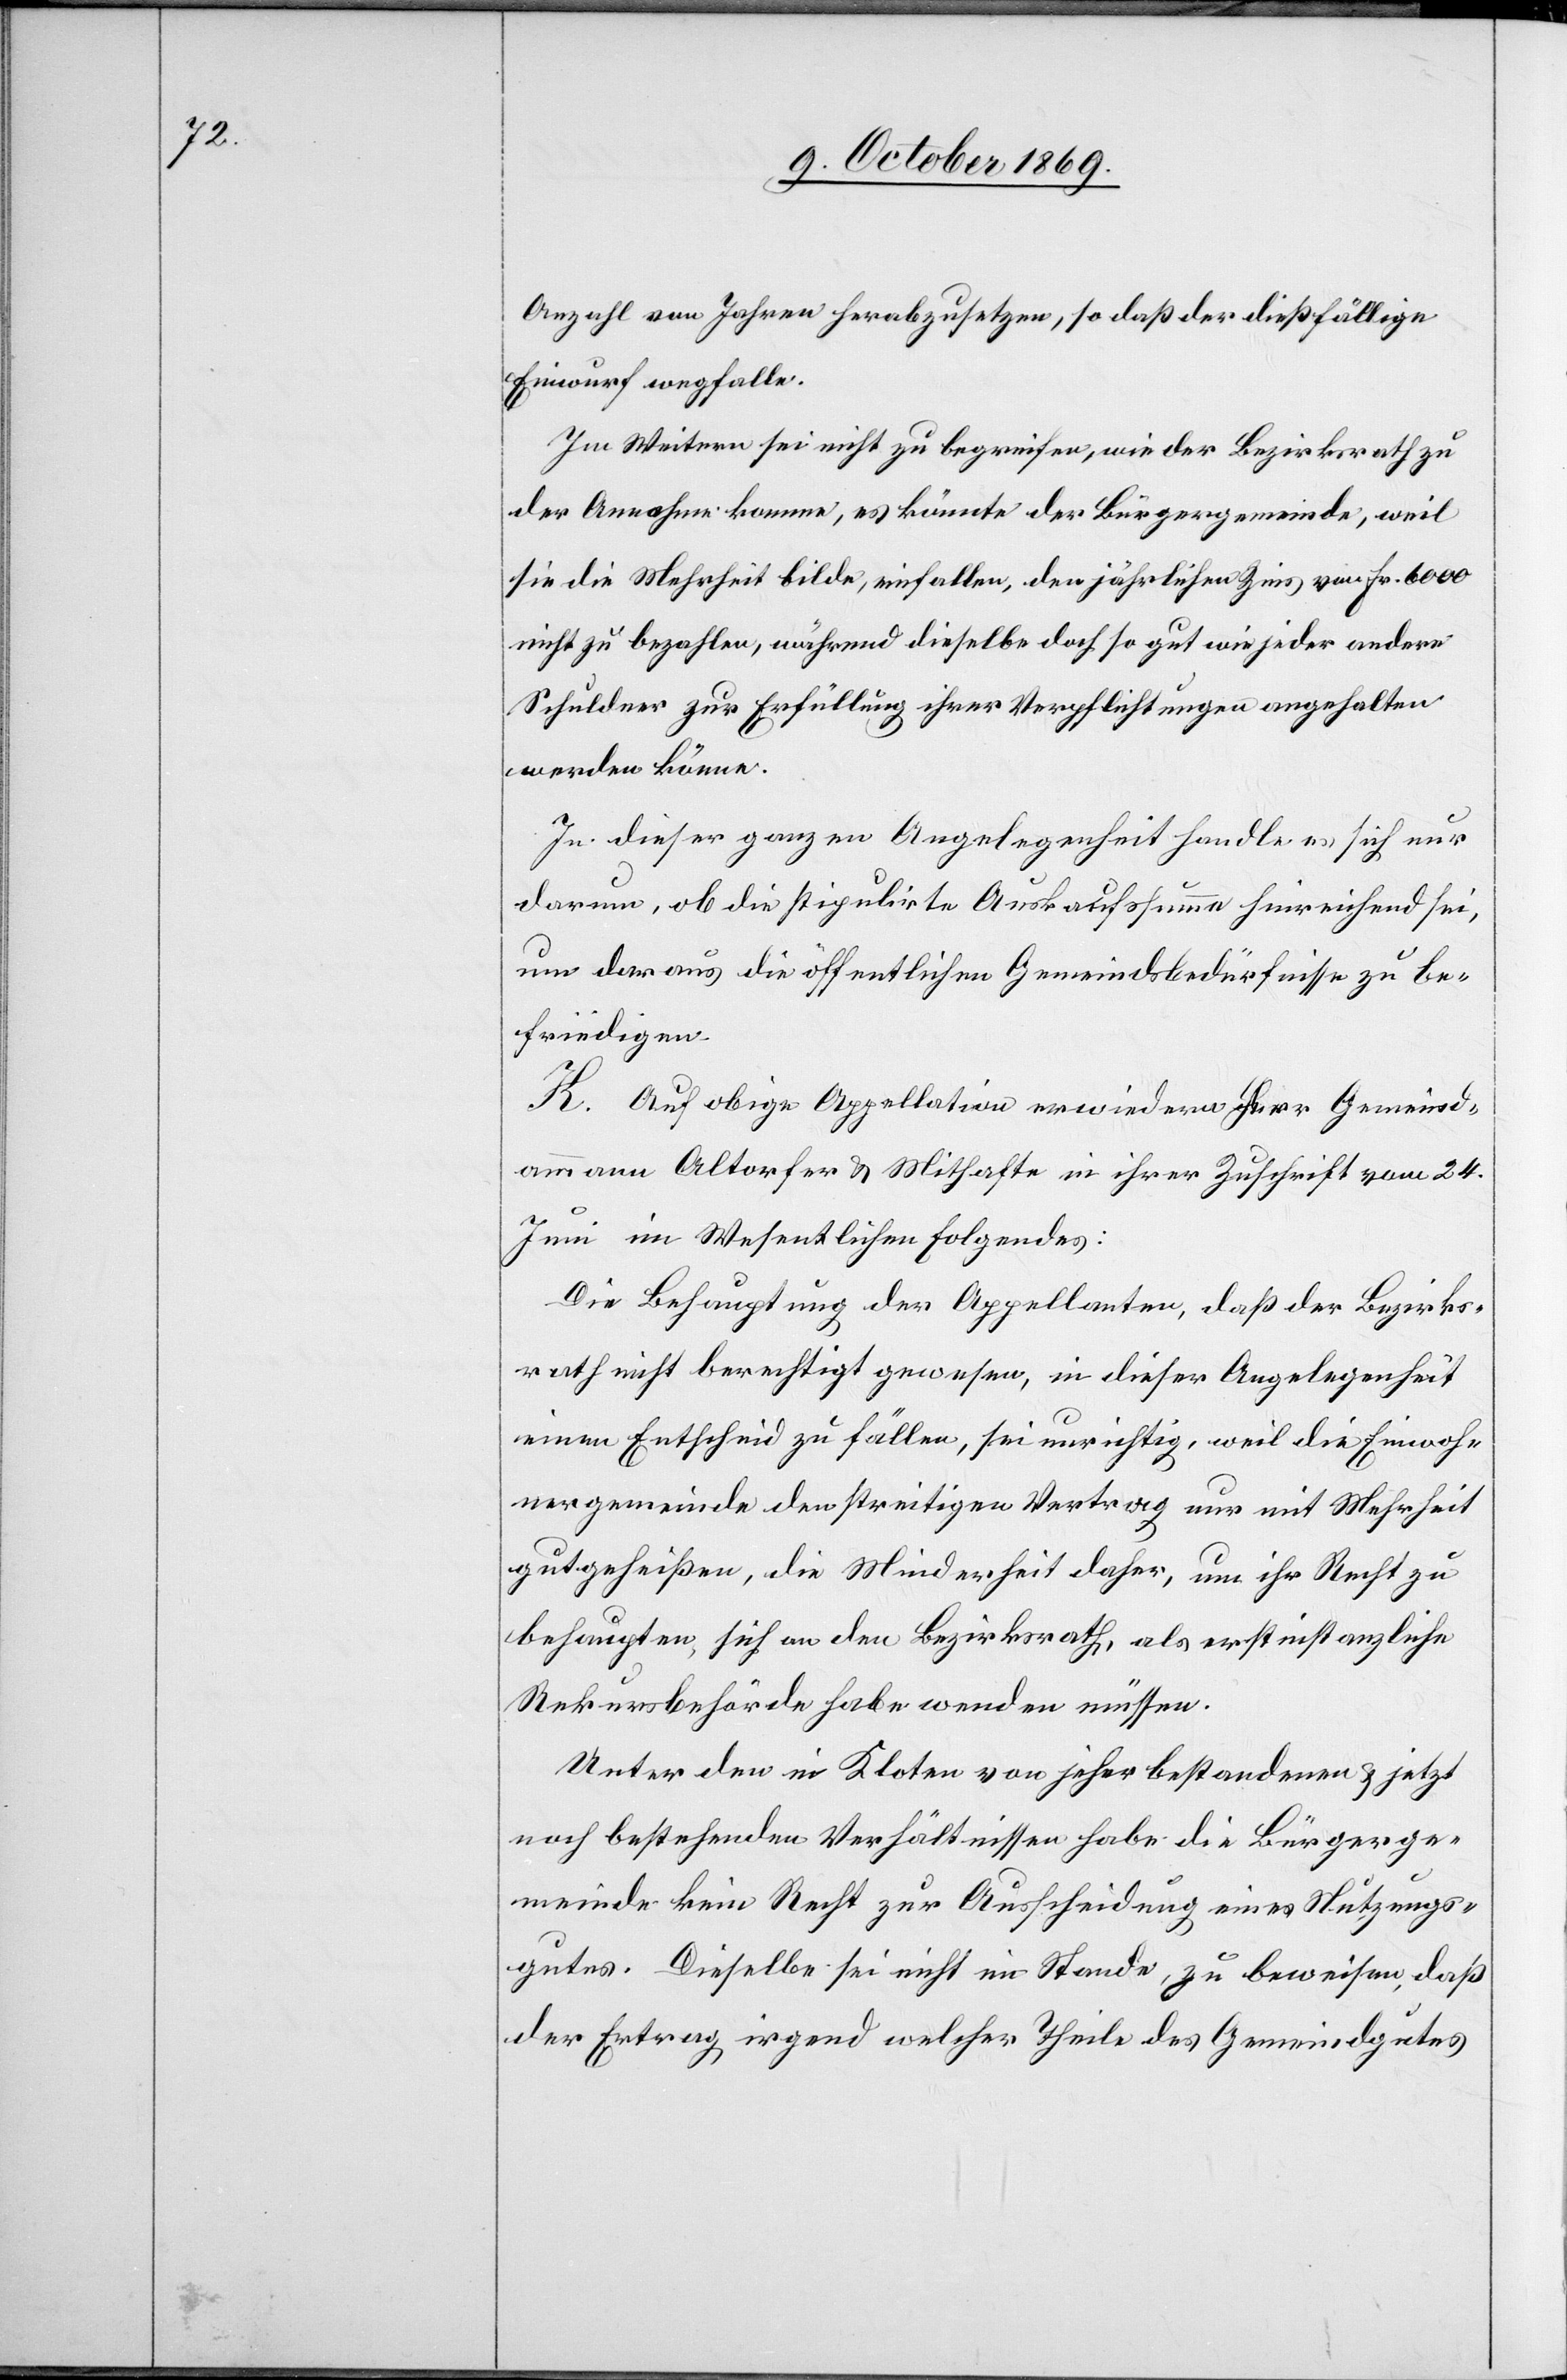
Anzahl von Jahren herabzusetzen, so daß der dießfällige
Einwurf wegfalle.
Im Weitern sei nicht zu begreifen, wie der Bezirksrath zu
der Annahme komme, es könnte der Bürgergemeinde, weil
sie die Mehrheit bilde, einfallen, den jährlichen Zins von Fr. 6000
nicht zu bezahlen, während dieselbe doch so gut wie jeder andere
Schuldner zur Erfüllung ihrer Verpflichtungen angehalten
werden könne.
In dieser ganzen Angelegenheit handle es sich nur
darum, ob die stipulirte Auskaufssumme hinreichend sei,
um daraus die öffentlichen Gemeindsbedürfnisse zu be¬
friedigen.
K. Auf obige Appellation erwiedern Herr Gemeind¬
ammann Altorfer & Mithafte in ihrer Zuschrift vom 24.
Juni im Wesentlichen Folgendes:
Die Behauptung der Appellanten, daß der Bezirks¬
rath nicht berechtigt gewesen, in dieser Angelegenheit
einen Entscheid zu fällen, sei unrichtig, weil die Einwoh¬
nergemeinde den streitigen Vertrag nur mit Mehrheit
gutgeheißen, die Minderheit daher, um ihr Recht zu
behaupten, sich an den Bezirksrath, als erstinstanzliche
Rekursbehörde habe wenden müssen.
Unter den in Kloten von jeher bestandenen & jetzt
noch bestehenden Verhältnissen habe die Bürgerge¬
meinde kein Recht zur Ausscheidung eines Nutzungs¬
gutes. Dieselbe sei nicht im Stande, zu beweisen, daß
der Ertrag irgend welcher Theile des Gemeindgutes